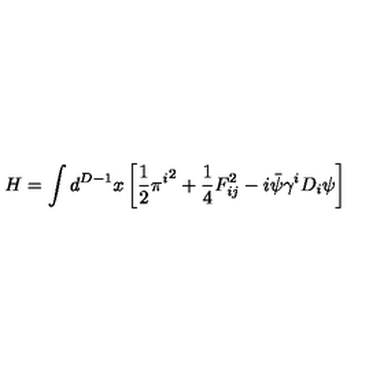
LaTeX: H = \int d ^ { D - 1 } x \left[ { \frac { 1 } { 2 } } { \pi ^ { i } } ^ { 2 } + { \frac { 1 } { 4 } } F _ { i j } ^ { 2 } - i \bar { \psi } \gamma ^ { i } D _ { i } \psi \right]